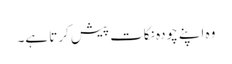
وہ اپنے چودہ نکات پیش کرتا ہے۔